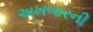
અખબારની